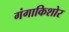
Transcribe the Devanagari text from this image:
गंगाकिशोर